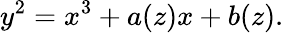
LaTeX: y^{2}=x^{3}+a(z)x+b(z).